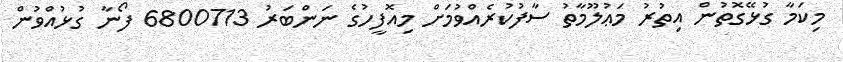
މިކަމާ ގުޅޭގޮތުން އިތުރު މަޢުލޫމާތު ސާފުކުރެއްވުމަށް މިއޮފީހުގެ ނަންބަރު 6800713 ފޯނާ ގުޅުއްވުން